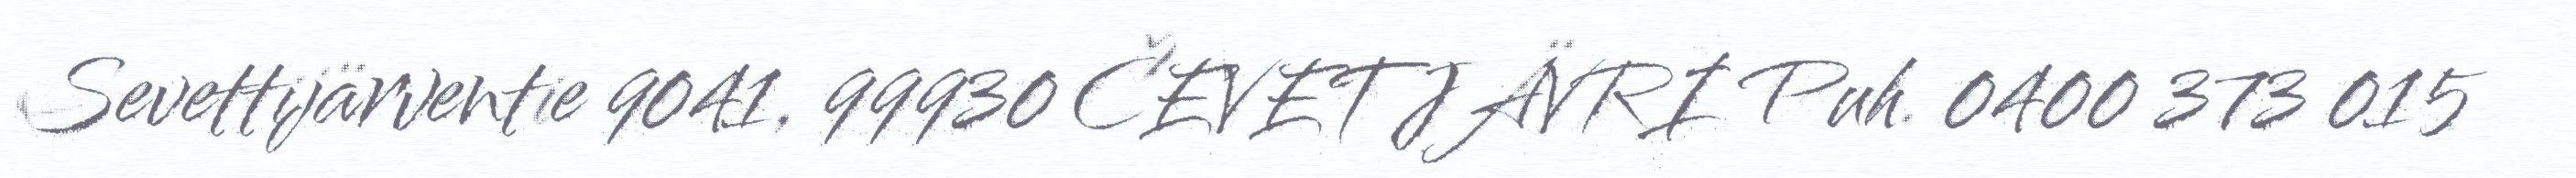
Sevettijärventie 9041, 99930 ČEVETJÄVRI Puh. 0400 373 015